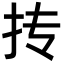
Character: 抟